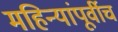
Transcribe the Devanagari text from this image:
महिन्यांपूर्वीच